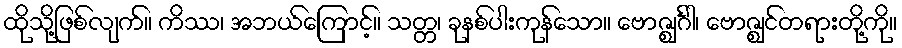
ထိုသို့ဖြစ်လျက်။ ကိဿ၊ အဘယ်ကြောင့်။ သတ္တ၊ ခုနစ်ပါးကုန်သော။ ဗောဇ္ဈင်္ဂါ၊ ဗောဇ္ဈင်တရားတို့ကို။